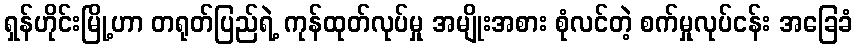
ရှန်ဟိုင်းမြို့ဟာ တရုတ်ပြည်ရဲ့ ကုန်ထုတ်လုပ်မှု အမျိုးအစား စုံလင်တဲ့ စက်မှုလုပ်ငန်း အခြေခံ